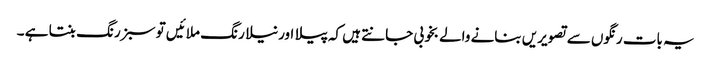
یہ بات رنگوں سے تصویریں بنانے والے بخوبی جانتے ہیں کہ پیلا اور نیلا رنگ ملائیں تو سبز رنگ بنتا ہے ۔